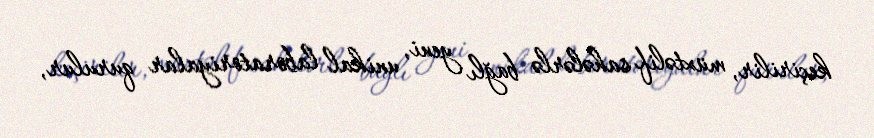
keçirilir, müxtəlif sahələrlə bağlı yeni, unikal laboratoriyalar qurulur,